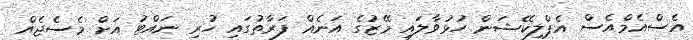
އެސްއެމްއެސް އެޕްލިކޭޝަން ހުޅުވާލައި މޭޒުގެ އަނެއް ފަރާތުގައި ހުރި ނައްޓު އަށް މެސެޖެއް